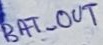
Text: BAT_OUT